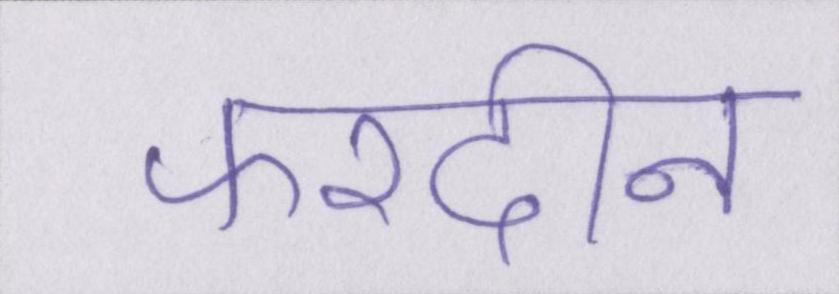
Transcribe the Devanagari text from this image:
फरदीन